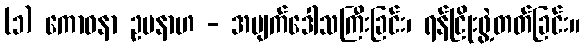
(၁) ကောဓနာ ဥပနာဟ - အမျက်ဒေါသကြီးခြင်း၊ ရန်ငြိုးဖွဲ့တတ်ခြင်း။